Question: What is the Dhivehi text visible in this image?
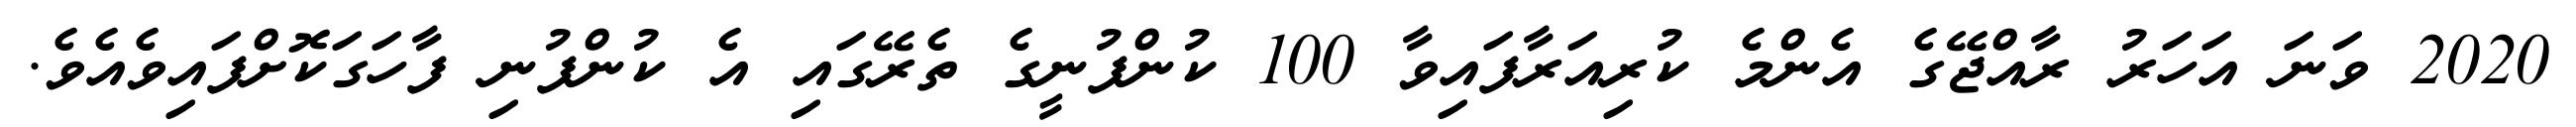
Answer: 2020 ވަނަ އަހަރު ރާއްޖޭގެ އެންމެ ކުރިއަރާފައިވާ 100 ކުންފުނީގެ ތެރޭގައި އެ ކުންފުނި ފާހަގަކޮށްފައިވެއެވެ.